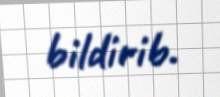
bildirib.